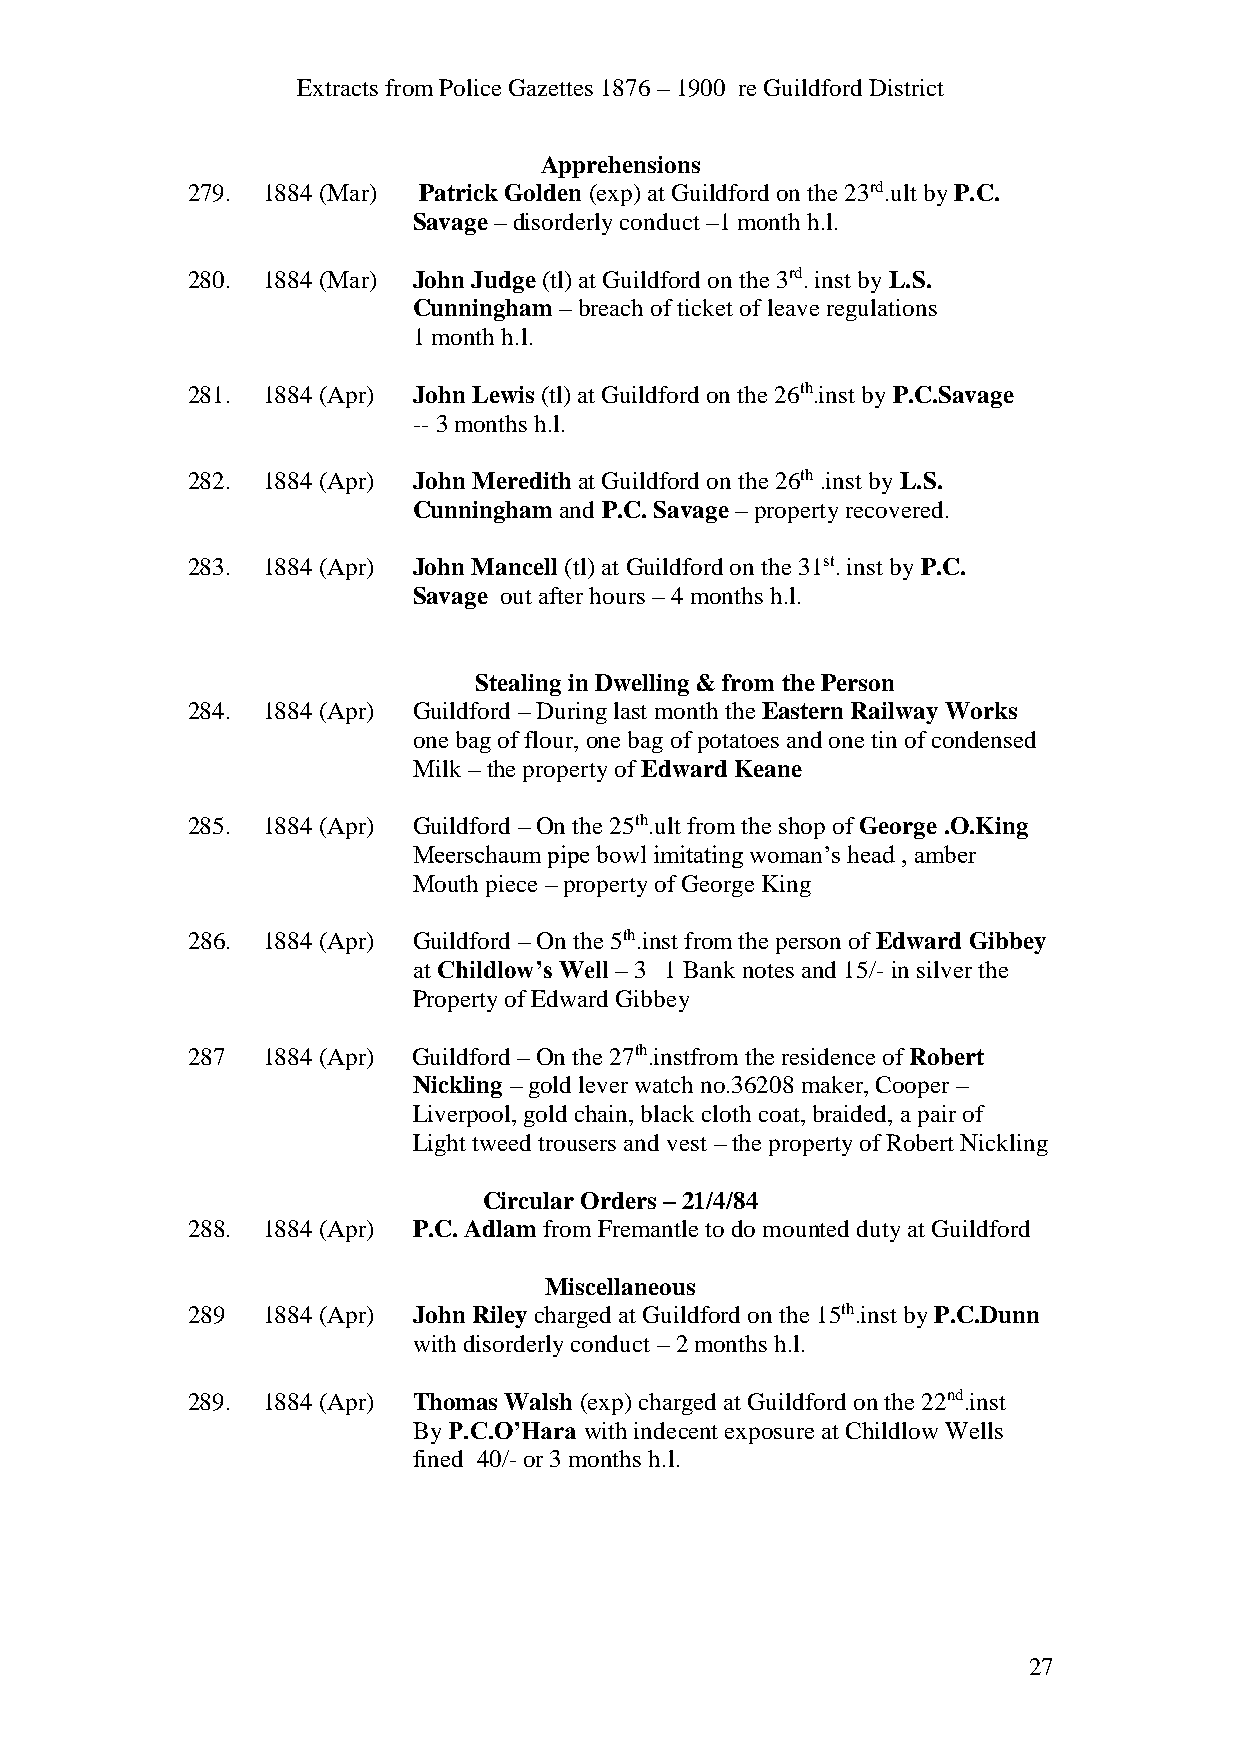
Extracts from Police Gazettes 1876 – 1900 re Guildford District
 Apprehensions
 279. 1884 (Mar) Patrick Golden (exp) at Guildford on the 23rd.ult by P.C.
 Savage – disorderly conduct –1 month h.l.
 280. 1884 (Mar) John Judge (tl) at Guildford on the 3rd. inst by L.S.
 Cunningham – breach of ticket of leave regulations
 1 month h.l.
 281. 1884 (Apr) John Lewis (tl) at Guildford on the 26th.inst by P.C.Savage
 -- 3 months h.l.
 282. 1884 (Apr) John Meredith at Guildford on the 26th .inst by L.S.
 Cunningham and P.C. Savage – property recovered.
 283. 1884 (Apr) John Mancell (tl) at Guildford on the 31st. inst by P.C.
 Savage out after hours – 4 months h.l.
 Stealing in Dwelling & from the Person
 284. 1884 (Apr) Guildford – During last month the Eastern Railway Works
 one bag of flour, one bag of potatoes and one tin of condensed
 Milk – the property of Edward Keane
 285. 1884 (Apr) Guildford – On the 25th.ult from the shop of George .O.King
 Meerschaum pipe bowl imitating woman’s head , amber
 Mouth piece – property of George King
 286. 1884 (Apr) Guildford – On the 5th.inst from the person of Edward Gibbey
 at Childlow’s Well – 3 1 Bank notes and 15/- in silver the
 Property of Edward Gibbey
 287  1884 (Apr) Guildford – On the 27th.instfrom the residence of Robert
 Nickling – gold lever watch no.36208 maker, Cooper –
 Liverpool, gold chain, black cloth coat, braided, a pair of
 Light tweed trousers and vest – the property of Robert Nickling
 Circular Orders – 21/4/84
 288. 1884 (Apr) P.C. Adlam from Fremantle to do mounted duty at Guildford
 Miscellaneous
 289  1884 (Apr) John Riley charged at Guildford on the 15th.inst by P.C.Dunn
 with disorderly conduct – 2 months h.l.
 289. 1884 (Apr) Thomas Walsh (exp) charged at Guildford on the 22nd.inst
 By P.C.O’Hara with indecent exposure at Childlow Wells
 fined 40/- or 3 months h.l.
 27